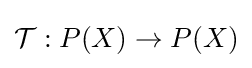
{\mathcal {T}}:P(X)\to P(X)